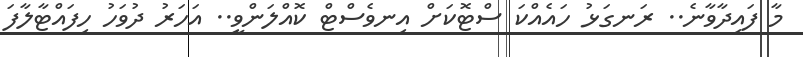
މާ ފައިދާވާނެ.. ރަނގަޅު ހައެއްކަ ސްޓޮކަށް އިނވެސްޓް ކޮއްލަންވީ.. އަހަރު ދުވަހު ހިފައްޓާލާފަ